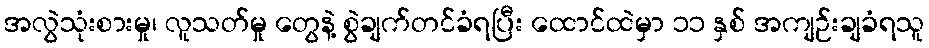
အလွဲသုံးစားမှု၊ လူသတ်မှု တွေနဲ့ စွဲချက်တင်ခံရပြီး ထောင်ထဲမှာ ၁၁ နှစ် အကျဉ်းချခံရသူ